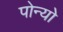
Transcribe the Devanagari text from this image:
पोन्यो